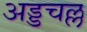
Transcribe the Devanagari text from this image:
अड्डचल्ल